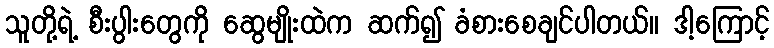
သူတို့ရဲ့ စီးပွါးတွေကို ဆွေမျိုးထဲက ဆက်၍ ခံစားစေချင်ပါတယ်။ ဒါ့ကြောင့်